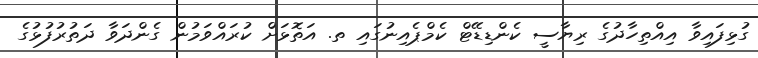
ގުޅިފައިވާ އިއްތިހާދުގެ ރިޔާސީ ކެންޑިޑޭޓް ކެމްޕެއިނުގައި ތ. އަތޮޅަށް ކުރައްވަމުން ގެންދަވާ ދަތުރުފުޅުގެ